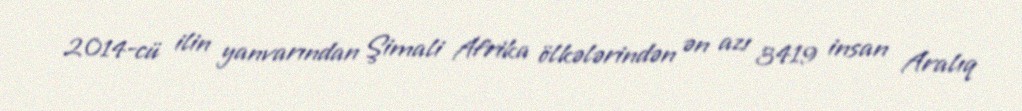
2014-cü ilin yanvarından Şimali Afrika ölkələrindən ən azı 3419 insan Aralıq